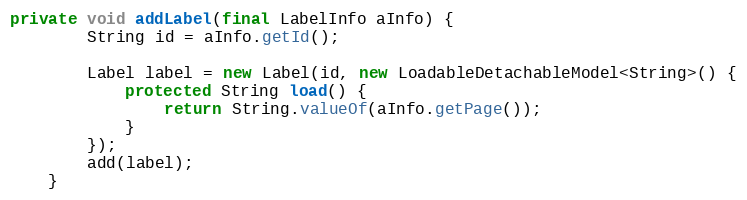
Language: Java
private void addLabel(final LabelInfo aInfo) {
        String id = aInfo.getId();

        Label label = new Label(id, new LoadableDetachableModel<String>() {
            protected String load() {
                return String.valueOf(aInfo.getPage());
            }
        });
        add(label);
    }